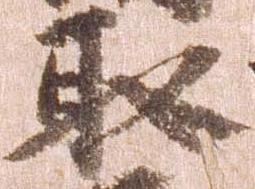
取